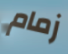
زمام